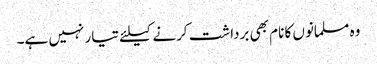
وہ مسلمانوں کا نام بھی برداشت کرنے کیلئے تیار نہیں ہے۔